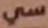
سي